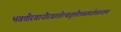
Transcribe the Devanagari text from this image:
भवत्तीरवानीरवातोत्थधूलीलवस्पर्शतस्तत्क्षणं